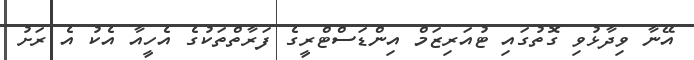
އޭނާ ވިދާޅުވި ގޮތުގައި ޓުއަރިޒަމް އިންޑަސްޓްރީގެ ފަރާތްތަކުގެ އެހީއާ އެކު އެ ރަށު